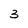
Character: 3